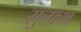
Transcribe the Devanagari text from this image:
सुल्फथ